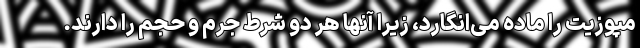
مپوزیت را ماده می‌انگارد، زیرا آنها هر دو شرط جرم و حجم را دارند.